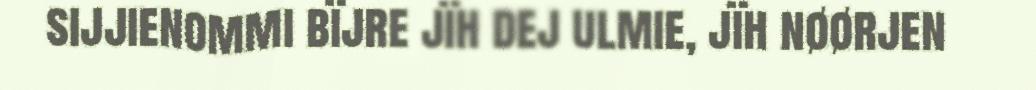
sijjienommi bïjre jïh dej ulmie, jïh nøørjen